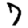
Digit: 7